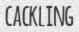
CACKLING